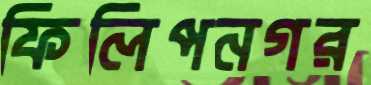
ফিলিপনগর